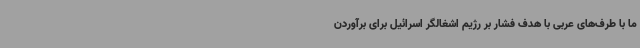
ما با طرف‌های عربی با هدف فشار بر رژیم اشغالگر اسرائیل برای برآوردن